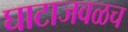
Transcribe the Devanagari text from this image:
घाटाजवळच